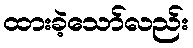
ထားခဲ့သော်လည်း